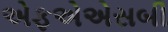
એફએએસબી